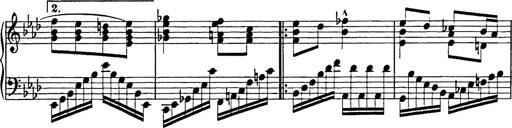
Title: 8 Variations
Composer: Franz Liszt
Key: A-flat major